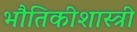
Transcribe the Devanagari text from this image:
भौतिकीशास्त्री